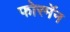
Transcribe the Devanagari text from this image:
फोरमॅन